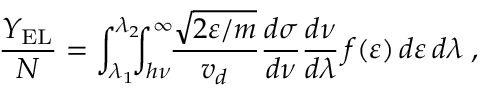
\frac { Y _ { \mathrm { E L } } } { N } = \int _ { \lambda _ { 1 } } ^ { \lambda _ { 2 } } \! \! \! \int _ { h \nu } ^ { \infty } \! \! \frac { \sqrt { 2 \varepsilon / m } } { v _ { d } } \frac { d \sigma } { d \nu } \frac { d \nu } { d \lambda } \, f ( \varepsilon ) \, d \varepsilon \, d \lambda \; ,